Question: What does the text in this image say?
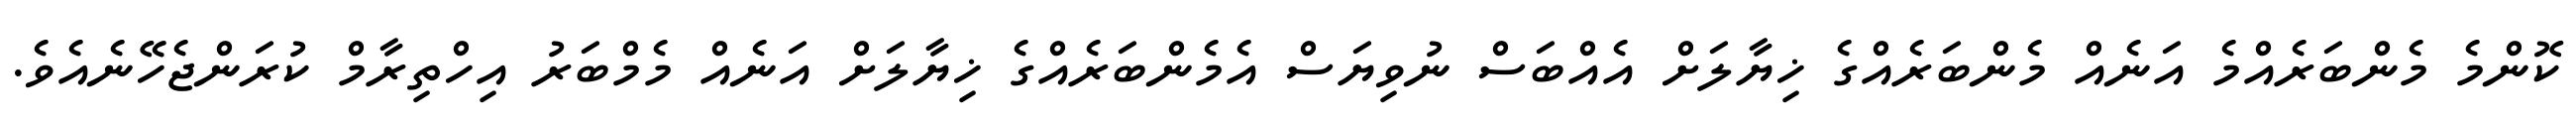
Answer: ކޮންމެ މެންބަރެއްމެ އަނެއް މެންބަރެއްގެ ޚިޔާލަށް އެއްބަސް ނުވިޔަސް އެމެންބަރެއްގެ ޚިޔާލަށް އަނެއް މެމްބަރު އިހްތިރާމް ކުރަންޖެހޭނެއެވެ.